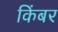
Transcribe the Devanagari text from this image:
किंबर